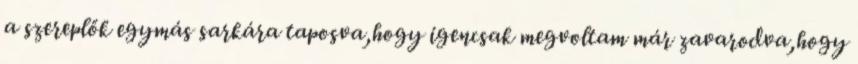
a szereplők egymás sarkára taposva,hogy igencsak megvoltam már zavarodva,hogy